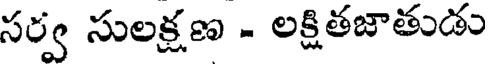
సర్వ సులక్షణ - లక్షితజాతుడు